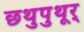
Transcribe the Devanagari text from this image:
छथुपुथूर्